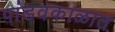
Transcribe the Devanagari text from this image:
पांडवकाळात